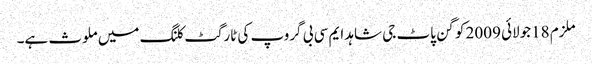
ملزم 18جولائی 2009 کو گن پاٹ جی شاہد ایم سی بی گروپ کی ٹارگٹ کلنگ میں ملوث ہے۔